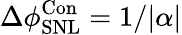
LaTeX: \Delta\phi_{\mathrm{{SNL}}}^{\mathrm{{Con}}}=1/|\alpha|